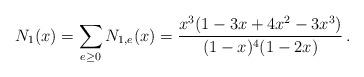
LaTeX: \begin{align*}N_1(x)=\sum_{e\geq0}N_{1,e}(x)=\frac{x^3(1-3x+4x^2-3x^3)}{(1-x)^4(1-2x)}\,.\end{align*}